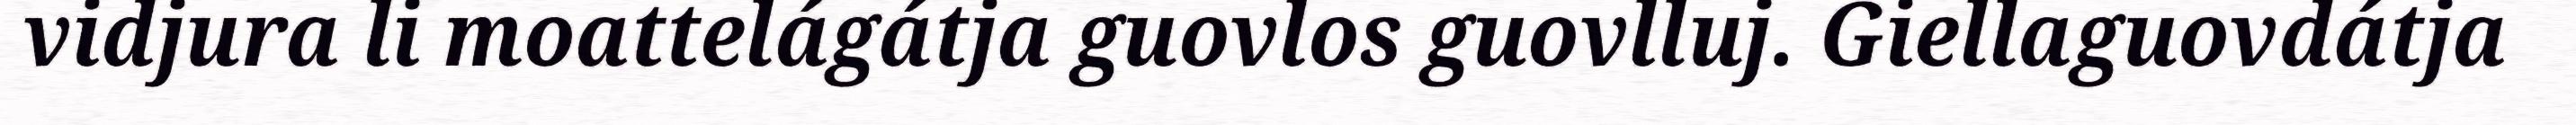
vidjura li moattelágátja guovlos guovlluj. Giellaguovdátja